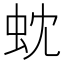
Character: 𮓻